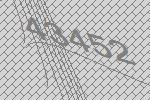
43452